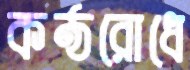
কণ্ঠরোধে